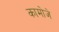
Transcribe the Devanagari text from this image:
कामोजे